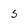
Character: s